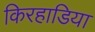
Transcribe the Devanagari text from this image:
किरहाडिया